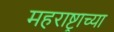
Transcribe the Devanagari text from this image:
महराष्ट्राच्या